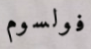
فولسوم